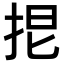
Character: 𢬒